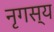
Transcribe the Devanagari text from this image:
नृगस्य